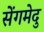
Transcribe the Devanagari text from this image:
सेंगमेदु